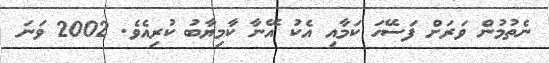
ނެތުމުން ވަރަށް ފަސޭހަ ކަމާއި އެކު އޭނާ ކާމިޔާބު ކުރިއެވެ. 2002 ވަނަ